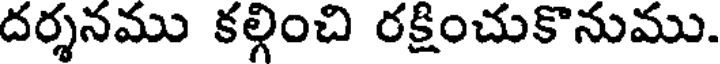
దర్శనము కల్గించి రక్షించుకొనుము.